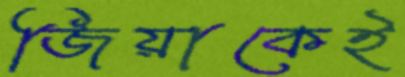
জিয়াকেই